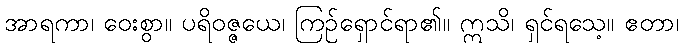
အာရကာ၊ ဝေးစွာ။ ပရိဝဇ္ဇယေ၊ ကြဉ်ရှောင်ရာ၏။ ဣသိ၊ ရှင်ရသေ့။ ဧတာ၊